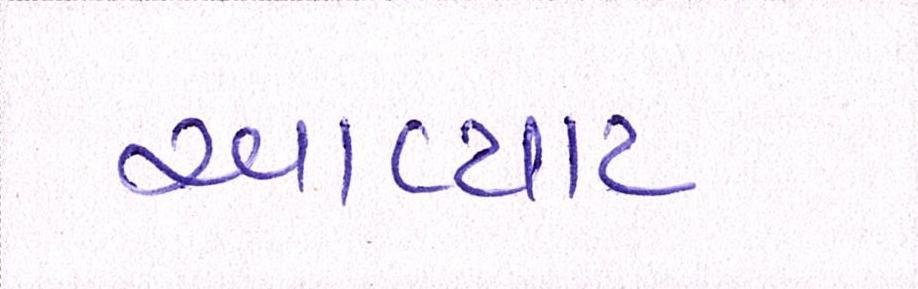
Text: આવ્યાટ